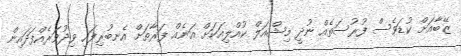
ޒޭބާއަށް ކުޑަވެސް ފުރުސަތެއް ނުދީ މިޝްއަލް ކުއްލިއަކަށް އަނެއް ފަރާތަށް އެނބުރިފައި ވިދުވަރެއްފަދައިން